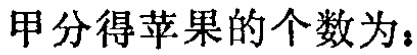
甲分得苹果的个数为：